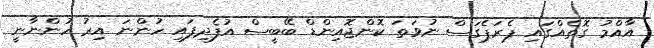
އާއްމު ގޮތެއްގައި ޕެރަޕެގަސް ނުވަތަ ކޮންޖޮއިންޑް ބޭބީސް އުފެދިފައި ހުންނަ އިރު ހުންނާނީ